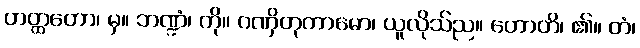
ဟတ္ထတော၊ မှ။ ဘဏ္ဍံ၊ ကို။ ဂဏှိတုကာမော၊ ယူလိုသ်ည။ ဟောတိ၊ ၏။ တံ၊